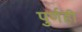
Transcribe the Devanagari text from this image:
पुर्णही